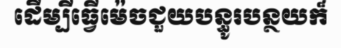
ដើម្បីធ្វើម៉េចជួយបន្ធូរបន្ថយក៏